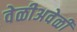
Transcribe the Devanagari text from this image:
वेळीअवेळी